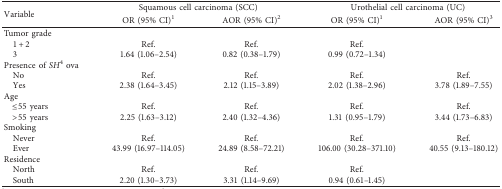
| <ROWSPAN=2> Variable | <COLSPAN=2> Squamous cell carcinoma (SCC) | <COLSPAN=2> Urothelial cell carcinoma (UC) |
 | OR (95% CI)1 | AOR (95% CI)2 | OR (95% CI)1 | AOR (95% CI)3 |
 | --- | --- | --- | --- | --- |
 | Tumor grade |  |  |  | <ROWSPAN=3>  |
 | 1 + 2 | Ref. | Ref. | Ref. |
 | 3 | 1.64 (1.06–2.54) | 0.82 (0.38–1.79) | 0.99 (0.72–1.34) |
 | Presence of SH4 ova |  |  |  |  |
 | No | Ref. | Ref. | Ref. | Ref. |
 | Yes | 2.38 (1.64–3.45) | 2.12 (1.15–3.89) | 2.02 (1.38–2.96) | 3.78 (1.89–7.55) |
 | Age |  |  |  |  |
 | ≤55 years | Ref. | Ref. | Ref. | Ref. |
 | >55 years | 2.25 (1.63–3.12) | 2.40 (1.32–4.36) | 1.31 (0.95–1.79) | 3.44 (1.73–6.83) |
 | Smoking |  |  |  |  |
 | Never | Ref. | Ref. | Ref. | Ref. |
 | Ever | 43.99 (16.97–114.05) | 24.89 (8.58–72.21) | 106.00 (30.28–371.10) | 40.55 (9.13–180.12) |
 | Residence |  |  |  | <ROWSPAN=3>  |
 | North | Ref. | Ref. | Ref. |
 | South | 2.20 (1.30–3.73) | 3.31 (1.14–9.69) | 0.94 (0.61–1.45) |